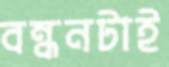
বন্ধনটাই